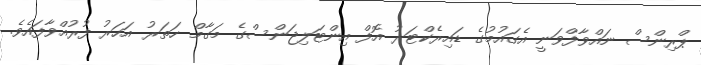
ޕްރިންސް ނައްވާފްވަނީ އެގައުމުގެ ޑައިރެކްޓަރު އޮފް އިންޓަލިޖަންސްގެ މަގާމް ހަތަރު އަހަރު ފުރުއްވާފައެވެ.